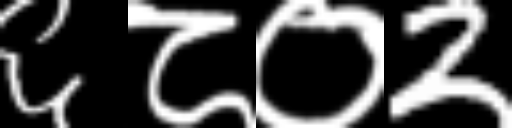
Text: ६८०2